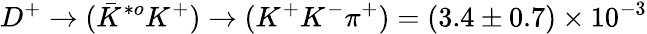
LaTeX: D^{+}\rightarrow(\bar{K}^{*o}K^{+})\rightarrow(K^{+}K^{-}\pi^{+})=(3.4\pm 0.7)\times 10^{-3}